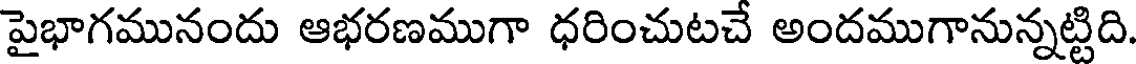
పైభాగమునందు ఆభరణముగా ధరించుటచే అందముగానున్నట్టిది